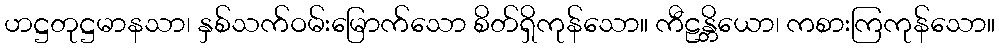
ဟဋ္ဌတုဋ္ဌမာနသာ၊ နှစ်သက်ဝမ်းမြောက်သော စိတ်ရှိကုန်သော။ ကီဠန္တိယော၊ ကစားကြကုန်သော။